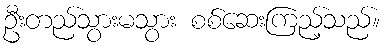
ဦးတည်သွားမသွား စစ်ဆေးကြည့်သည်။